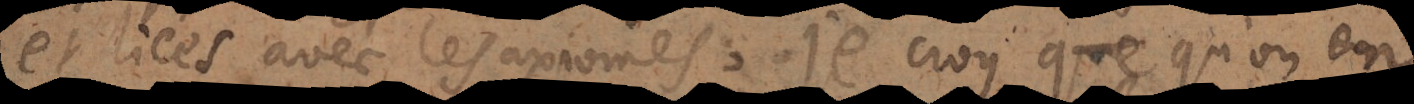
et liées avec les axiomes, je croy que